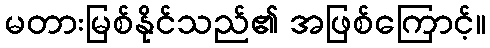
မတားမြစ်နိုင်သည်၏ အဖြစ်ကြောင့်။